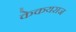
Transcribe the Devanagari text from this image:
केकयराज